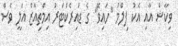
ވިކާޝް އާއި އެކު ފިލްމު "ހައިވޭ" ގެ ޑައިރެކްޓަރު އިމްތިއާޒް އަލީ ވެސް